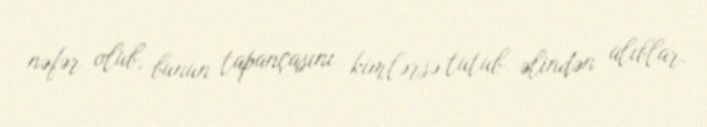
nəfər olub, bunun tapançasını kimlərsə tutub əlindən alıblar.